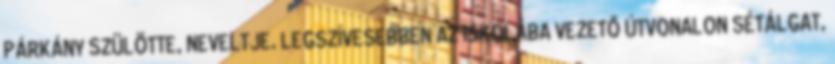
PÁRKÁNY SZÜLÖTTE, NEVELTJE. LEGSZÍVESEBBEN AZ ISKOLÁBA VEZETŐ ÚTVONALON SÉTÁLGAT,